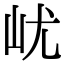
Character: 𡵔